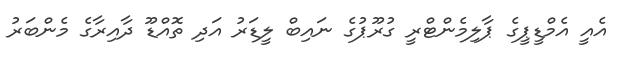
އެއީ އެމްޑީޕީގެ ޕާލިމެންޓްރީ ގުރޫޕުގެ ނައިބް ލީޑަރު އަދި ތޮއްޑޫ ދާއިރާގެ މެންބަރު